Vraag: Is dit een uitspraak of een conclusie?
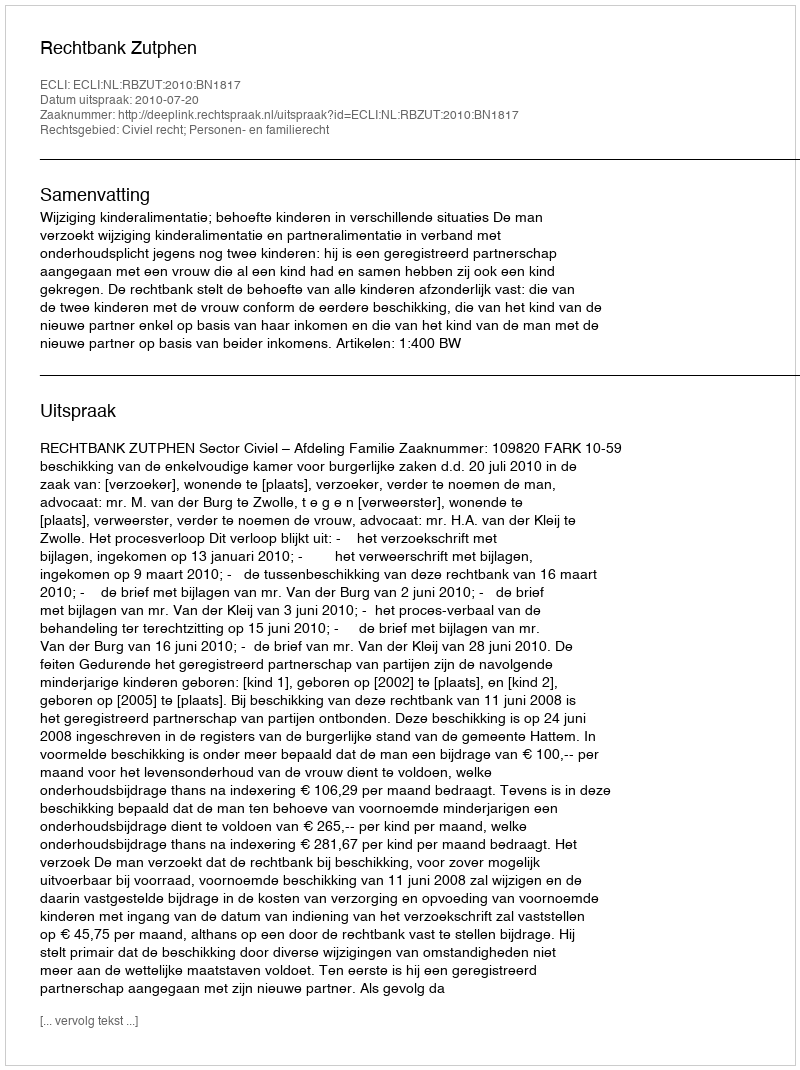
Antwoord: Uitspraak